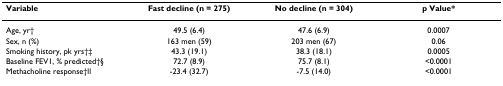
<table><thead><tr><td><b>Variable</b></td><td><b>Fast decline (n = 275)</b></td><td><b>No decline (n = 304)</b></td><td><b>p Value*</b></td></tr></thead><tbody><tr><td>Age, yr†</td><td>49.5 (6.4)</td><td>47.6 (6.9)</td><td>0.0007</td></tr><tr><td>Sex, n (%)</td><td>163 men (59)</td><td>203 men (67)</td><td>0.06</td></tr><tr><td>Smoking history, pk yrs†‡</td><td>43.3 (19.1)</td><td>38.3 (18.1)</td><td>0.0005</td></tr><tr><td>Baseline FEV1, % predicted†§</td><td>72.7 (8.9)</td><td>75.7 (8.1)</td><td>&lt;0.0001</td></tr><tr><td>Methacholine response†ll</td><td>-23.4 (32.7)</td><td>-7.5 (14.0)</td><td>&lt;0.0001</td></tr></tbody></table>